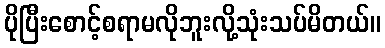
ပိုပြီးစောင့်စရာမလိုဘူးလို့သုံးသပ်မိတယ်။